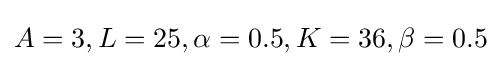
A=3,L=25,\alpha =0.5,K=36,\beta =0.5